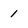
Character: 1